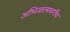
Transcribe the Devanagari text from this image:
अभिजात्यवर्गीय